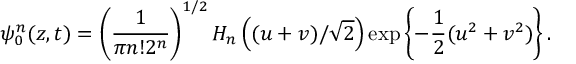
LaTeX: \psi _ { 0 } ^ { n } ( z , t ) = \left( { \frac { 1 } { \pi n ! 2 ^ { n } } } \right) ^ { 1 / 2 } H _ { n } \left( ( u + v ) / \sqrt { 2 } \right) \exp \left\{ - { \frac { 1 } { 2 } } ( u ^ { 2 } + v ^ { 2 } ) \right\} .